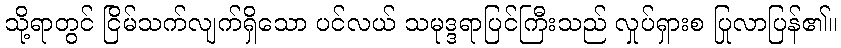
သို့ရာတွင် ငြိမ်သက်လျက်ရှိသော ပင်လယ် သမုဒ္ဒရာပြင်ကြီးသည် လှုပ်ရှားစ ပြုလာပြန်၏။